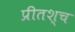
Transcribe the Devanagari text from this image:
प्रीतश्च